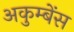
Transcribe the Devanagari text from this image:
अकुम्बेंस